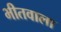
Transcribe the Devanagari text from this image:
भीतवाला